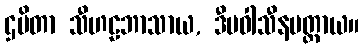
ဌပိတာ သီဟဠဘာသာယ, ဒီပဝါသီနမတ္ထာယ။